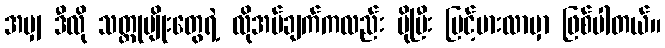
အမျှ ဒီလို သတ္တုမျိုးတွေရဲ့ လိုအပ်ချက်ကလည်း ပိုပြီး မြင့်မားလာမှာ ဖြစ်ပါတယ်။